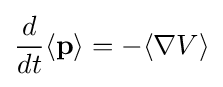
{\frac {d}{dt}}\langle \mathbf {p} \rangle =-\langle \nabla V\rangle